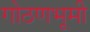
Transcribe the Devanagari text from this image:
गोठणभूमी